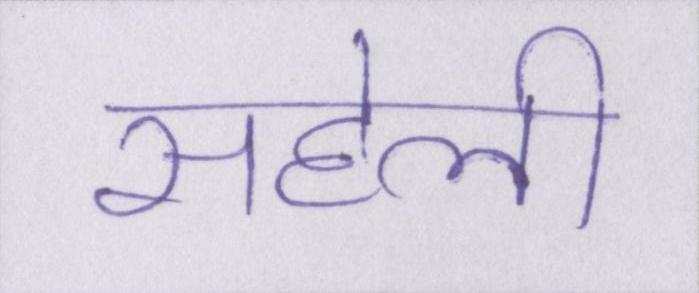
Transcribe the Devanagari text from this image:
सहेली